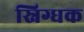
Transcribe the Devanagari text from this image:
स्निग्धक